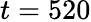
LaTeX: t=520